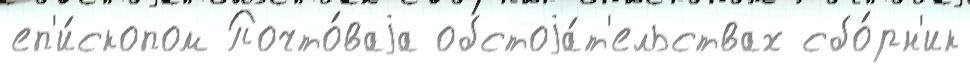
еп'и́скопом Почто́ваjа обстоjа́т'ельствах сбо́рн'ик